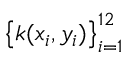
\left\{ k ( x _ { i } , y _ { i } ) \right\} _ { i = 1 } ^ { 1 2 }